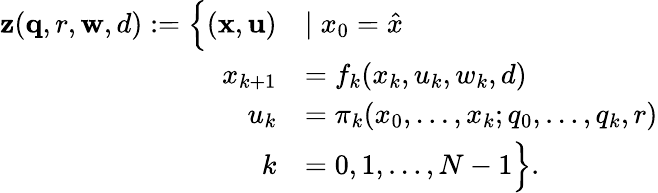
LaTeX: \begin{array}{rl}{\mathbf{z}(\mathbf{q},r,\mathbf{w},d):=\Big\lbrace(\mathbf{x},\mathbf{u})}&{\mid x_{0}=\hat{x}}\\ {x_{k+1}}&{=f_{k}(x_{k},u_{k},w_{k},d)}\\ {u_{k}}&{=\pi_{k}(x_{0},\ldots,x_{k};q_{0},\ldots,q_{k},r)}\\ {k}&{=0,1,\ldots,N-1\Big\rbrace.}\end{array}